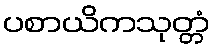
ပစာယိကသုတ္တံ